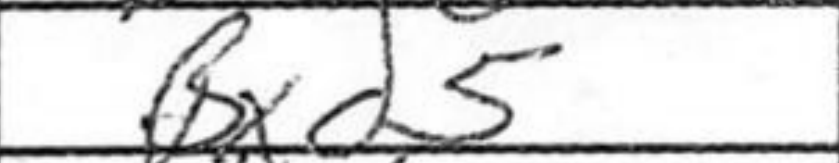
Transcription: Bxd5